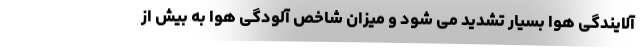
آلایندگی هوا بسیار تشدید می شود و میزان شاخص آلودگی هوا به بیش از